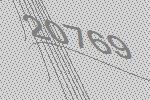
20769